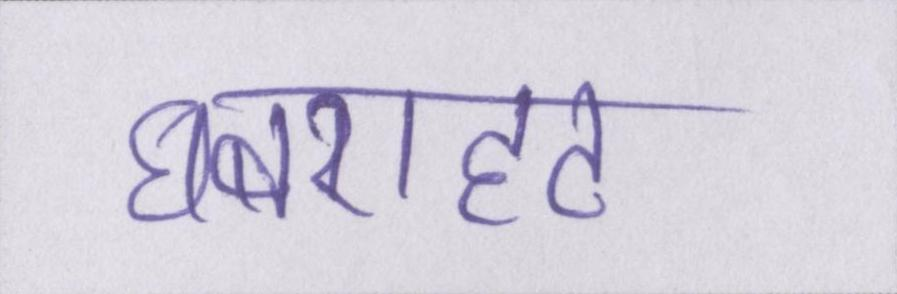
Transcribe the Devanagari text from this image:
घबराहट